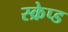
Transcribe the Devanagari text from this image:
स्क्रेप्ड